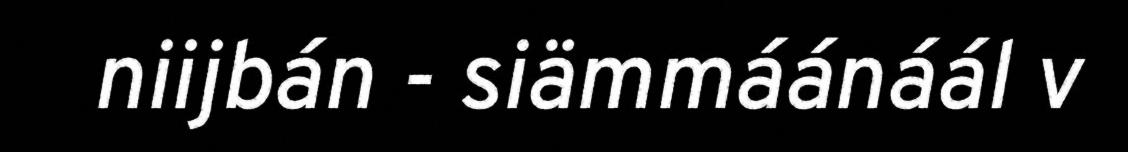
niijbán - siämmáánáál v